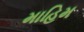
માહિમ